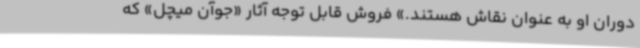
دوران او به عنوان نقاش هستند.» فروش قابل توجه آثار «جوآن میچل» که